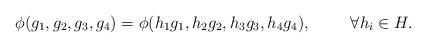
LaTeX: \begin{align*}\phi(g_{1},g_{2},g_{3},g_{4}) = \phi(h_{1}g_{1},h_{2}g_{2},h_{3}g_{3},h_{4}g_{4}),\hspace{1cm} \forall h_{i}\in H.\end{align*}